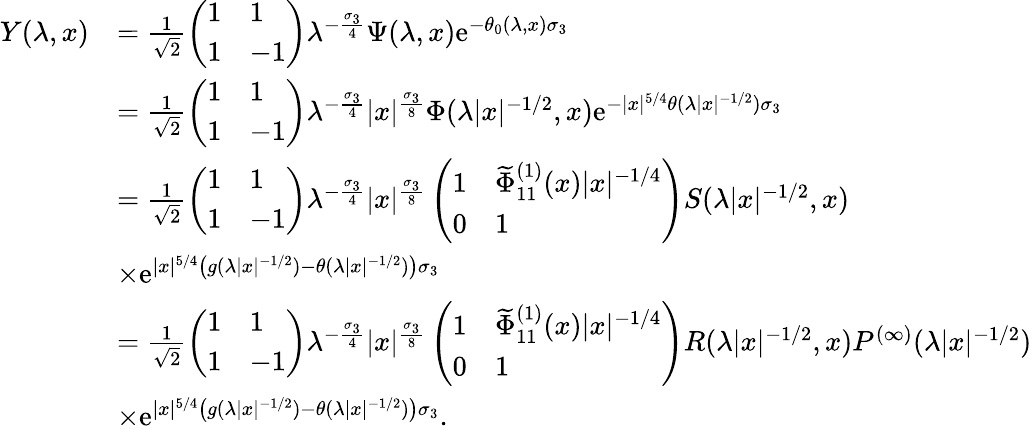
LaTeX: \begin{array}{rl}{Y(\lambda,x)}&{=\frac{1}{\sqrt{2}}\left(\begin{array}{ll}{1}&{1}\\ {1}&{-1}\end{array}\right)\lambda^{-\frac{\sigma_{3}}{4}}\Psi(\lambda,x)\mathrm{e}^{-\theta_{0}(\lambda,x)\sigma_{3}}}\\ &{=\frac{1}{\sqrt{2}}\left(\begin{array}{ll}{1}&{1}\\ {1}&{-1}\end{array}\right)\lambda^{-\frac{\sigma_{3}}{4}}|x|^{\frac{\sigma_{3}}{8}}\Phi(\lambda|x|^{-1/2},x)\mathrm{e}^{-|x|^{5/4}\theta(\lambda|x|^{-1/2})\sigma_{3}}}\\ &{=\frac{1}{\sqrt{2}}\left(\begin{array}{ll}{1}&{1}\\ {1}&{-1}\end{array}\right)\lambda^{-\frac{\sigma_{3}}{4}}|x|^{\frac{\sigma_{3}}{8}}\left(\begin{array}{ll}{1}&{\widetilde{\Phi}_{11}^{(1)}(x)|x|^{-1/4}}\\ {0}&{1}\end{array}\right)S(\lambda|x|^{-1/2},x)}\\ &{\times\mathrm{e}^{|x|^{5/4}\left(g(\lambda|x|^{-1/2})-\theta(\lambda|x|^{-1/2})\right)\sigma_{3}}}\\ &{=\frac{1}{\sqrt{2}}\left(\begin{array}{ll}{1}&{1}\\ {1}&{-1}\end{array}\right)\lambda^{-\frac{\sigma_{3}}{4}}|x|^{\frac{\sigma_{3}}{8}}\left(\begin{array}{ll}{1}&{\widetilde{\Phi}_{11}^{(1)}(x)|x|^{-1/4}}\\ {0}&{1}\end{array}\right)R(\lambda|x|^{-1/2},x)P^{(\infty)}(\lambda|x|^{-1/2})}\\ &{\times\mathrm{e}^{|x|^{5/4}\left(g(\lambda|x|^{-1/2})-\theta(\lambda|x|^{-1/2})\right)\sigma_{3}}.}\end{array}